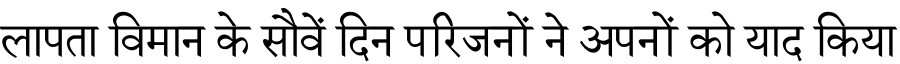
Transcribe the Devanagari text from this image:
लापता विमान के सौवें दिन परिजनों ने अपनों को याद किया